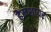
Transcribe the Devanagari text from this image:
हैम्प्शायर